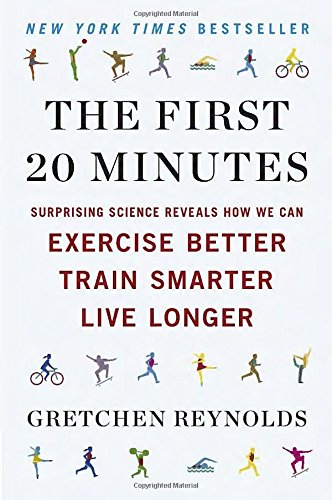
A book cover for The First 20 Minutes: Surprising Science Reveals How We Can Exercise Better, Train Smarter, Live Longe r; Gretchen Reynolds; Health, Fitness & Dieting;